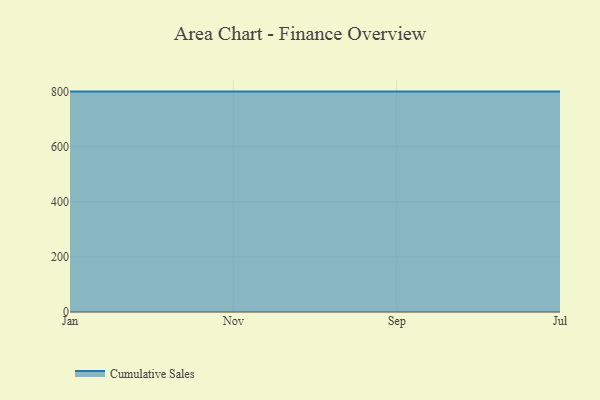
{"axis": {"x": "Month", "y": "Website Visitors"}, "legend": ["Cumulative Sales"], "data": [{"x": "Jan", "y": 800, "type": "Cumulative Sales"}, {"x": "Nov", "y": 800, "type": "Cumulative Sales"}, {"x": "Sep", "y": 800, "type": "Cumulative Sales"}, {"x": "Jul", "y": 800, "type": "Cumulative Sales"}]}